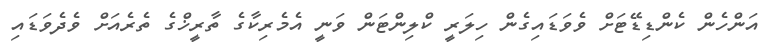
އަންހެން ކެންޑިޑޭޓަށް ވެވަޑައިގެން ހިލަރީ ކްލިންޓަން ވަނީ އެމެރިކާގެ ތާރީޚްގެ ތެރެއަށް ވެދެވަޑައި